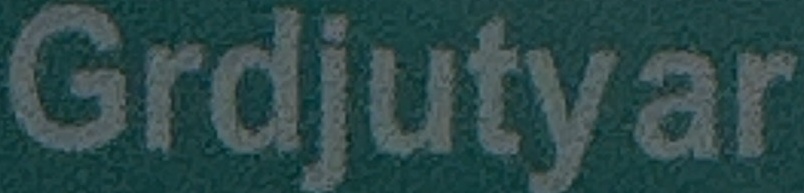
Grdjutyar